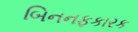
બિનનફકારક